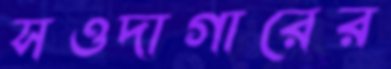
সওদাগারের